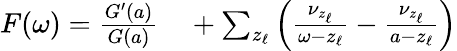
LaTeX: \begin{array}{r}{\begin{array}{rl}{F(\omega)=\frac{G^{\prime}(a)}{G(a)}}&{{}+\sum_{z_{\ell}}\left(\frac{\nu_{z_{\ell}}}{\omega-z_{\ell}}-\frac{\nu_{z_{\ell}}}{a-z_{\ell}}\right)}\end{array}}\end{array}